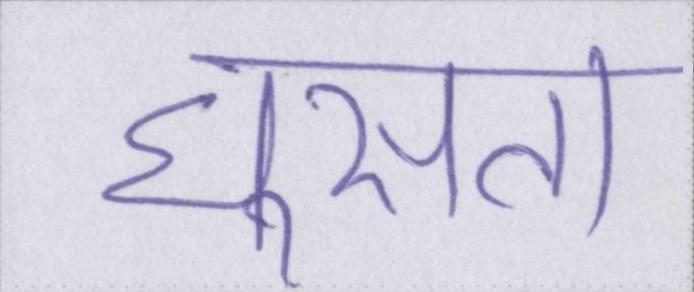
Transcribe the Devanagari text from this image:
घुसता